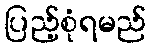
ပြည့်စုံရမည်